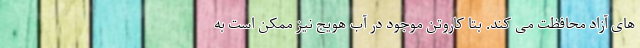
های آزاد محافظت می کند. بتا کاروتن موجود در آب هویج نیز ممکن است به